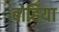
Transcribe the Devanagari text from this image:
बोहिया